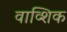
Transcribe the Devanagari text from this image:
वाव्शिक